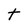
Character: t